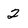
Character: 2